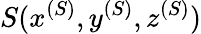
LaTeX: S(x^{(S)},y^{(S)},z^{(S)})